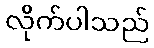
လိုက်ပါသည်